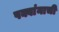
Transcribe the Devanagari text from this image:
पक्वांनाची